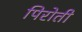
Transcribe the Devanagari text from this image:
पिरोती